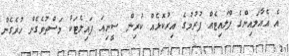
އެ އެއާލައިންގެ ފްލައިޓެއް ފުރުމުގެ އިރުކޮޅެއް ކުރިން ސީނިއަ ޕައިލެޓަކު މަސްތުވެގެން ހުރެގެން